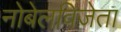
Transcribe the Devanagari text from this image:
नोबेलविजेता